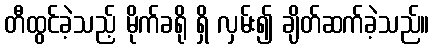
တီထွင်ခဲ့သည့် မိုက်ခရို ရှိ လှမ်း၍ ချိတ်ဆက်ခဲ့သည်။